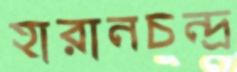
হারানচন্দ্র